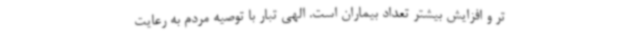
تر و افزایش بیشتر تعداد بیماران است. الهی تبار با توصیه مردم به رعایت